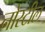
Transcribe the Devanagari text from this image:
नोस्टील